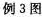
例3图